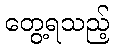
တွေ့ရသည့်